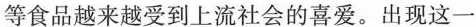
等食品越来越受到上流社会的喜爱。出现这一